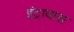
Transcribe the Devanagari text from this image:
इंट्रावास